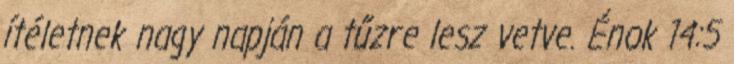
ítéletnek nagy napján a tűzre lesz vetve. Énok 14:5